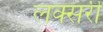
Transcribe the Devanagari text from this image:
लक्सरी